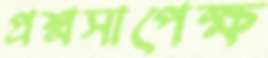
প্রশ্নসাপেক্ষ